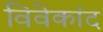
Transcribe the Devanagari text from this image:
विवेकांद